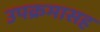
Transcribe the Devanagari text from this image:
उपक्रमासह